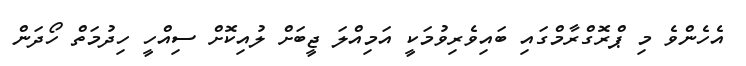
އެހެންވެ މި ޕްރޮގްރާމްގައި ބައިވެރިވުމަކީ އަމިއްލަ ޖީބަށް ލުއިކޮށް ސިއްހީ ހިދުމަތް ހޯދަން